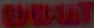
BYWANY